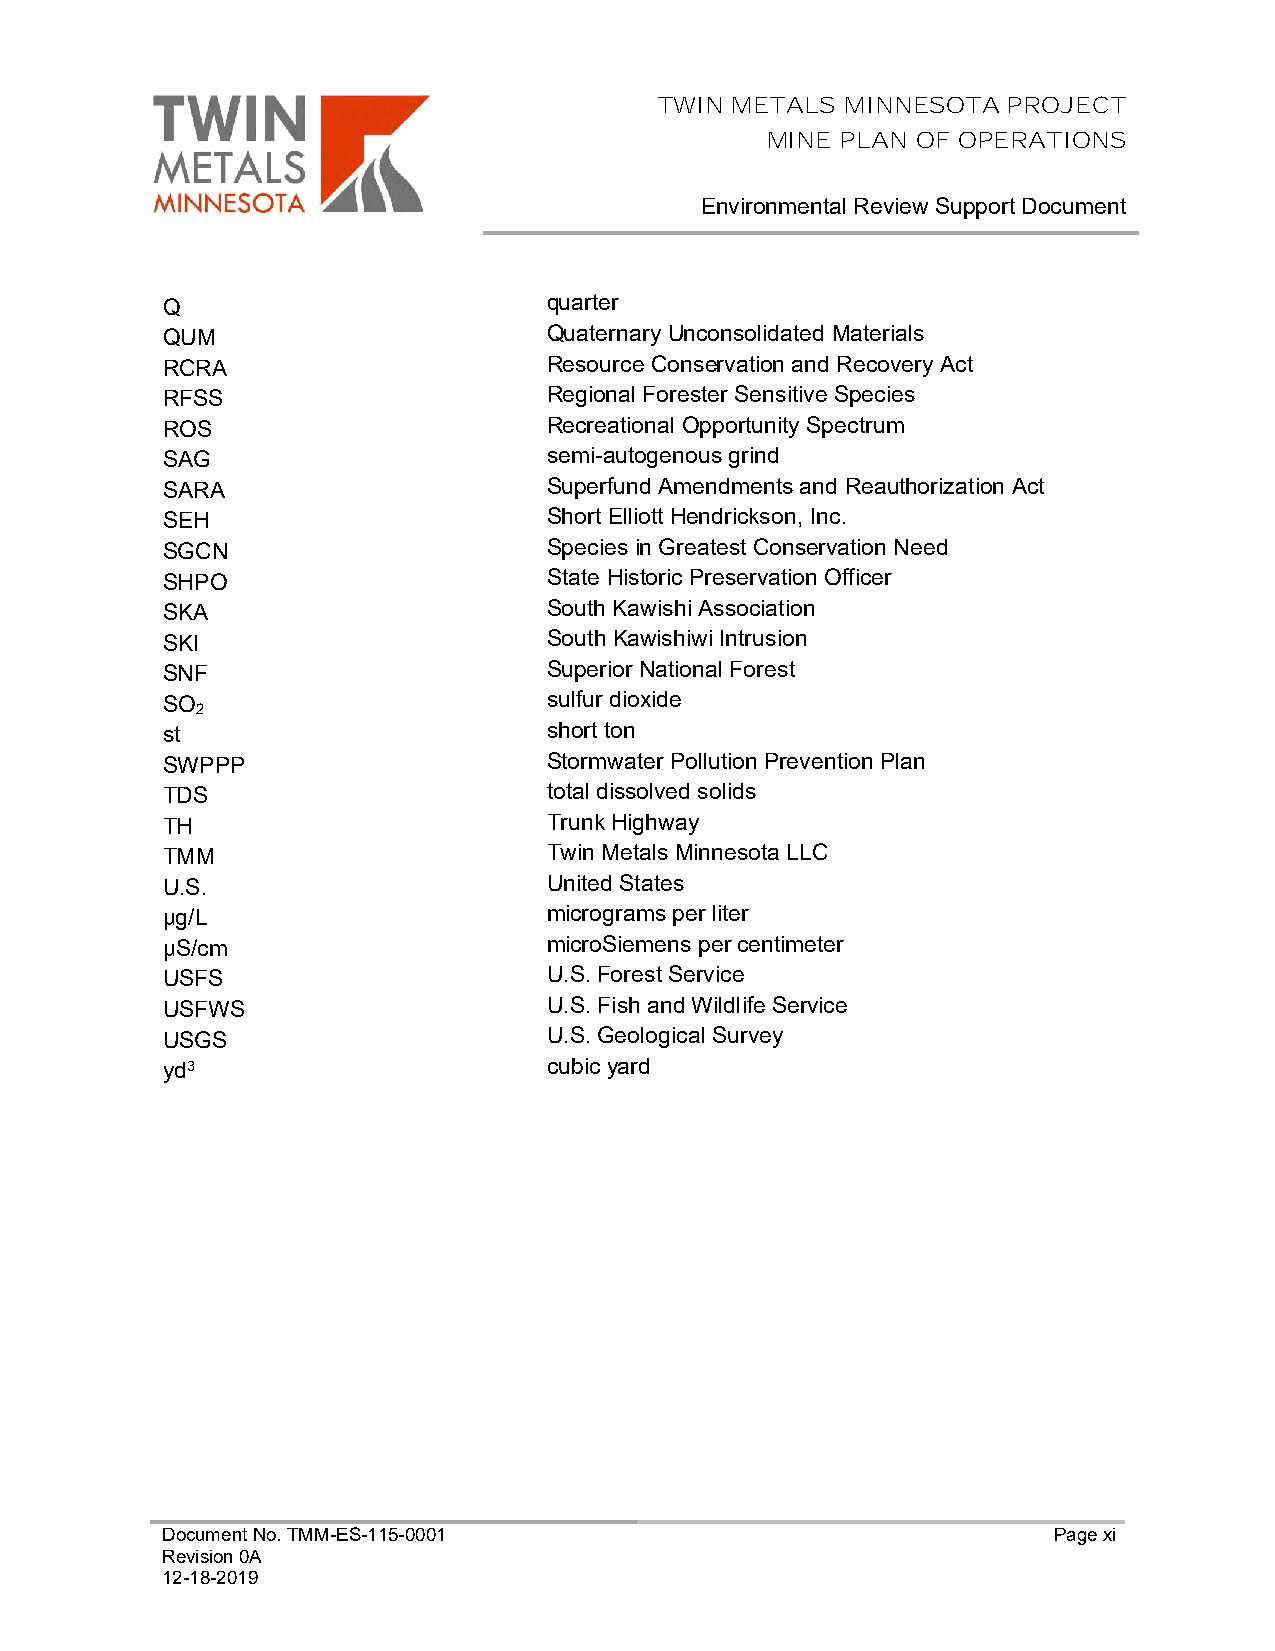
TWIN METALS MINNESOTA  PROJECT
 MINE PLAN OF OPERATIONS
 Environmental Review Support Document
 Q                        quarter
 QUM                      Quaternary Unconsolidated Materials
 RCRA                     Resource Conservation and Recovery Act
 RFSS                     Regional Forester Sensitive Species
 ROS                      Recreational Opportunity Spectrum
 SAG                      semi-autogenous grind
 SARA                     Superfund Amendments and Reauthorization Act
 SEH                      Short Elliott Hendrickson, Inc.
 SGCN                     Species in Greatest Conservation Need
 SHPO                     State Historic Preservation Officer
 SKA                      South Kawishi Association
 SKI                      South Kawishiwi Intrusion
 SNF                      Superior National Forest
 SO                       sulfur dioxide
 2
 st                       short ton
 SWPPP                    Stormwater Pollution Prevention Plan
 TDS                      total dissolved solids
 TH                       Trunk Highway
 TMM                      Twin Metals Minnesota LLC
 U.S.                     United States
 μg/L                     micrograms per liter
 µS/cm                    microSiemens per centimeter
 USFS                     U.S. Forest Service
 USFWS                    U.S. Fish and Wildlife Service
 USGS                     U.S. Geological Survey
 yd3                      cubic yard
 Document No. TMM-ES-115-0001                               Page xi
 Revision 0A
 12-18-2019